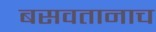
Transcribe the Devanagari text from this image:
बसवतानाच